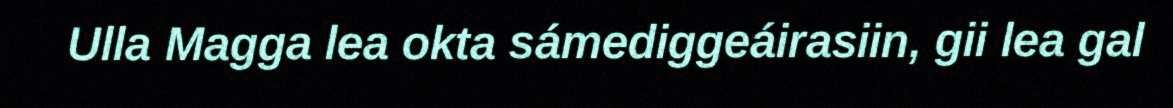
Ulla Magga lea okta sámediggeáirasiin, gii lea gal